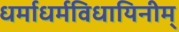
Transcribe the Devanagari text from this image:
धर्माधर्मविधायिनीम्